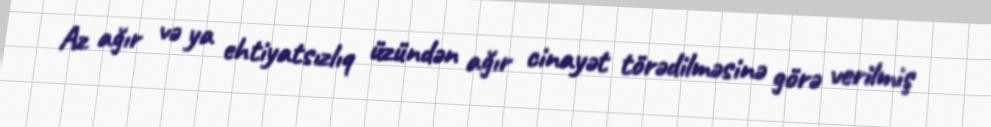
Az ağır və ya ehtiyatsızlıq üzündən ağır cinayət törədilməsinə görə verilmiş